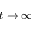
t \rightarrow \infty